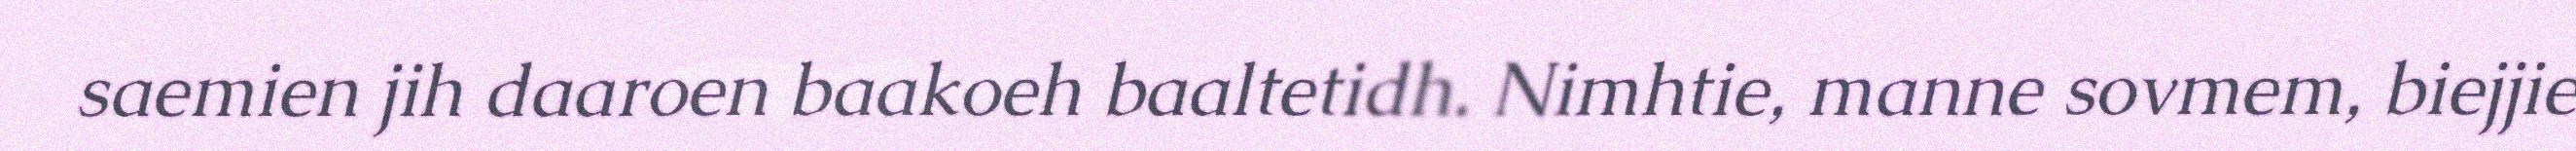
saemien jih daaroen baakoeh baaltetidh. Nimhtie, manne sovmem, biejjie